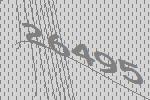
26495